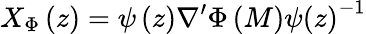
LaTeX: X_{\Phi}\left(z\right)=\psi\left(z\right)\nabla^{\prime}\Phi\left(M\right)\psi\left(z\right)^{-1}